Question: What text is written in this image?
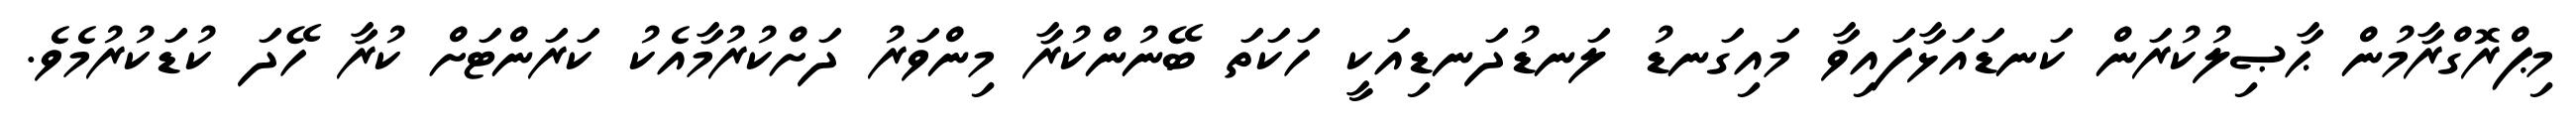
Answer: މިޕްރޮގްރާމުން ޙާޞިލުކުރަން ކަނޑައަޅާފައިވާ މައިގަނޑު ލަނޑުދަނޑިއަކީ ހަކަތަ ބޭނުންކުރާ މިންވަރު ދަށްކުރުމާއެކު ކަރަންޓަށް ކުރާ ހޭދަ ކުޑަކުރުމެވެ.